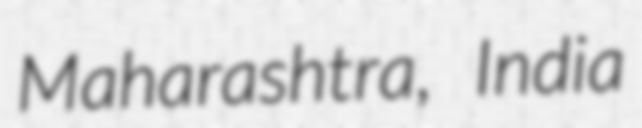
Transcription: Maharashtra, India